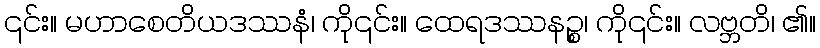
၎င်း။ မဟာစေတိယဒဿနံ၊ ကို၎င်း။ ထေရဒဿနဉ္စ၊ ကို၎င်း။ လဗ္ဘတိ၊ ၏။